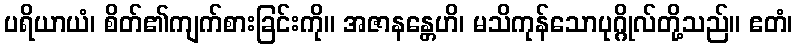
ပရိယာယံ၊ စိတ်၏ကျက်စားခြင်းကို။ အဇာနန္တေဟိ၊ မသိကုန်သောပုဂ္ဂိုလ်တို့သည်။ ဧတံ၊